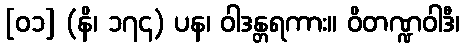
[၀၁] (နိ၊ ၁၇၄) ပန၊ ဝါဒန္တရကား။ ဝိတဏ္ဍဝါဒီ၊